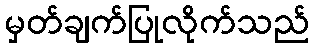
မှတ်ချက်ပြုလိုက်သည်